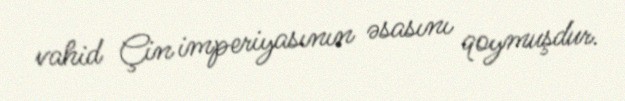
vahid Çin imperiyasının əsasını qoymuşdur.